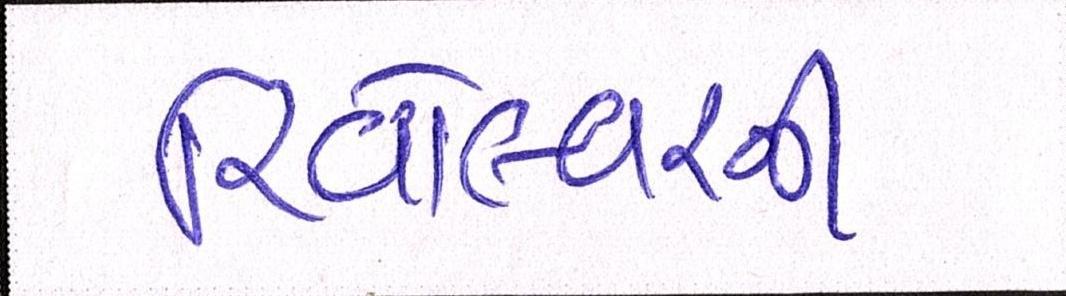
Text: રિવોલ્વરની